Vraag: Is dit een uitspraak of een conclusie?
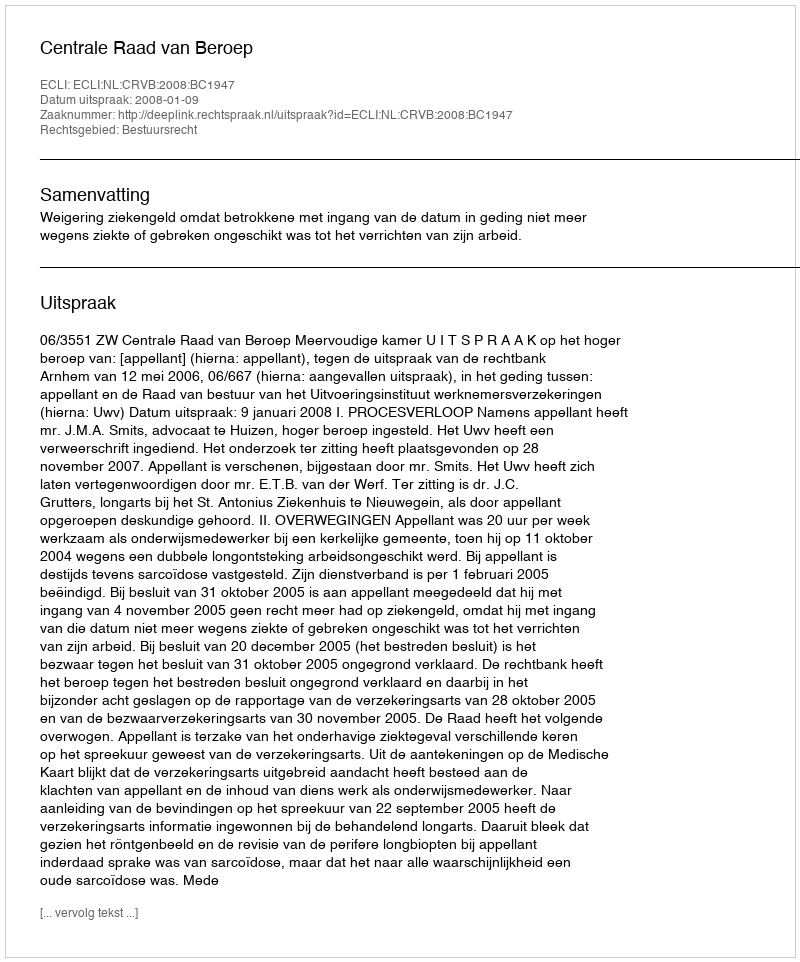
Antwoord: Uitspraak